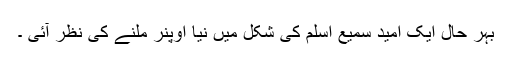
بہر حال ایک اُمید سمیع اسلم کی شکل میں نیا اوپنر ملنے کی نظر آئی ۔